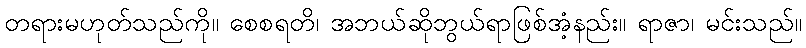
တရားမဟုတ်သည်ကို။ စေစရတိ၊ အဘယ်ဆိုဘွယ်ရာဖြစ်အံ့နည်း။ ရာဇာ၊ မင်းသည်။